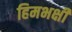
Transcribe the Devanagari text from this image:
हिमभक्षी